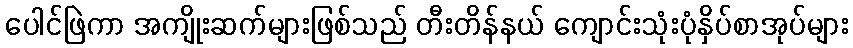
ပေါင်ဖြဲကာ အကျိုးဆက်များဖြစ်သည် တီးတိန်နယ် ကျောင်းသုံးပုံနှိပ်စာအုပ်များ